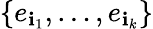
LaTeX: \{ e_{\mathbf{i}_{1}},\ldots,e_{\mathbf{i}_{k}}\}